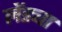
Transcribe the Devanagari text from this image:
लेंड्या